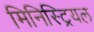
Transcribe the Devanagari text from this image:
मिनिस्ट्रियल